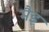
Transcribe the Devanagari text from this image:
मैइ